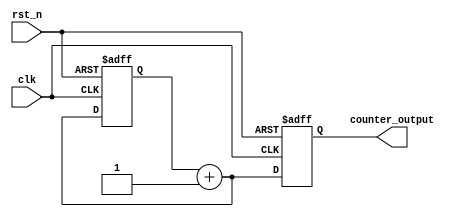
module ripple_counter_divider (
    input clk,
    input rst_n,
    output reg [M-1:0] counter_output
);

parameter M = 4; // Number of counter bits

reg [M-1:0] counter_reg;
reg [M-1:0] next_state;

always @ (posedge clk or negedge rst_n) begin
    if (~rst_n) begin
        counter_reg <= 0;
    end else begin
        counter_reg <= next_state;
    end
end

always @* begin
    next_state = counter_reg + 1;
end

always @ (posedge clk or negedge rst_n) begin
    if (~rst_n) begin
        counter_output <= 0;
    end else begin
        counter_output <= next_state;
    end
end

endmodule